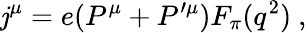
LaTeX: \mathit{j}^{\mu}=e(P^{\mu}+P^{\prime\mu})F_{\pi}(q^{2})\ ,